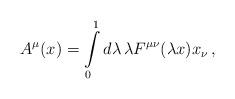
LaTeX: \begin{align*}A^\mu (x) = \int \limits_0^1 d \lambda \, \lambda F^{\mu \nu} (\lambda x) x_\nu \, ,\end{align*}